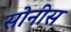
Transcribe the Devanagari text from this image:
सोनीस